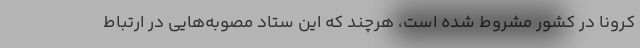
کرونا در کشور مشروط شده است، هرچند که این ستاد مصوبه‌هایی در ارتباط